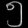
Digit: ၅